Report on vaccination in the Province of Bengal - 1869-1873
Year: 1869
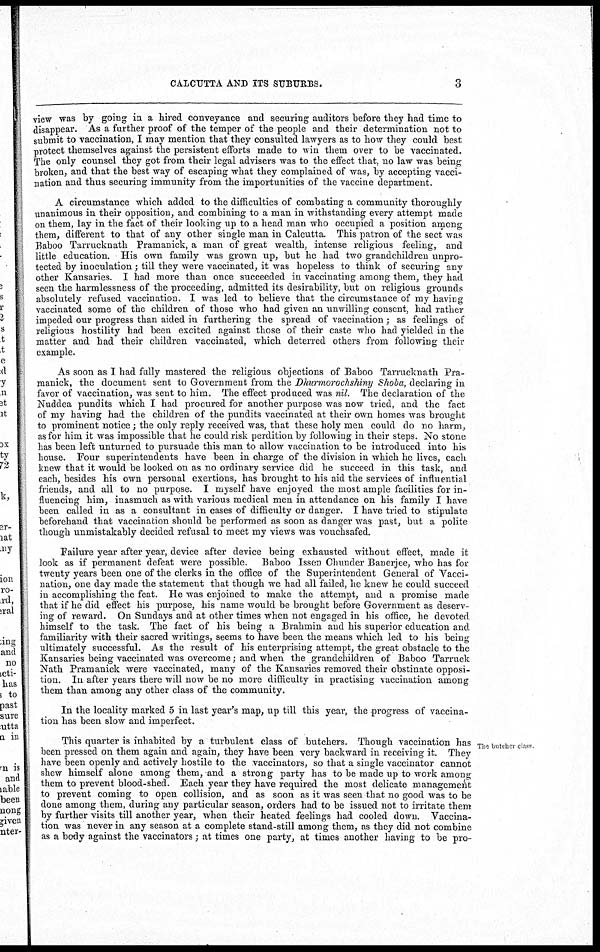
CALCUTTA AND ITS SUBURBS.
3
view was by going in a hired conveyance and securing auditors before they had time to
disappear. As a further proof of the temper of the people and their determination not to
submit to vaccination, I may mention that they consulted lawyers as to how they could best
protect themselves against the persistent efforts made to win them over to be vaccinated.
The only counsel they got from their legal advisers was to the effect that, no law was being
broken, and that the best way of escaping what they complained of was, by accepting vacci-
nation and thus securing immunity from the importunities of the vaccine department.
A circumstance which added to the difficulties of combating a community thoroughly
unanimous in their opposition, and combining to a man in withstanding every attempt made
on them, lay in the fact of their looking up to a head man who occupied a position among
them, different to that of any other single man in Calcutta. This patron of the sect was
Baboo Tarrucknath Pramanick, a man of great wealth, intense religious feeling, and
little education. His own family was grown up, but he had two grandchildren unpro-
tected by inoculation; till they were vaccinated, it was hopeless to think of securing any
other Kansaries. I had more than once succeeded in vaccinating among them, they had
seen the harmlessness of the proceeding, admitted its desirability, but on religious grounds
absolutely refused vaccination. I was led to believe that the circumstance of my having
vaccinated some of the children of those who had given an unwilling consent, had rather
impeded our progress than aided in furthering the spread of vaccination ; as feelings of
religious hostility had been excited against those of their caste who had yielded in the
matter and had their children vaccinated, which deterred others from following their
example.
As soon as I had fully mastered the religious objections of Baboo Tarrucknath Pra-
manick, the document sent to Government from the Dhurmorochshiny Shoba, declaring in
favor of vaccination, was sent to him. The effect produced was nil. The declaration of the
Nuddea pundits which I had procured for another purpose was now tried, and the fact
of my having had the children of the pundits vaccinated at their own homes was brought
to prominent notice; the only reply received was, that these holy men could do no harm,
as for him it was impossible that he could risk perdition by following in their steps. No stone
has been left unturned to pursuade this man to allow vaccination to be introduced into his
house. Four superintendents have been in charge of the division in which he lives, each
knew that it would be looked on as no ordinary service did he succeed in this task, and
each, besides his own personal exertions, has brought to his aid the services of influential
friends, and all to no purpose. I myself have enjoyed the most ample facilities for in-
fluencing him, inasmuch as with various medical men in attendance on his family I have
been called in as a consultant in cases of difficulty or danger. I have tried to stipulate
beforehand that vaccination should be performed as soon as danger was past, but a polite
though unmistakably decided refusal to meet my views was vouchsafed.
Failure year after year, device after device being exhausted without effect, made it
look as if permanent defeat were possible. Baboo Issen Chunder Banerjee, who has for
twenty years been one of the clerks in the office of the Superintendent General of Vacci-
nation, one day made the statement that though we had all failed, he knew he could succeed
in accomplishing the feat. He was enjoined to make the attempt, and a promise made
that if he did effect his purpose, his name would be brought before Government as deserv-
ing of reward. On Sundays and at other times when not engaged in his office, he devoted
himself to the task. The fact of his being a Brahmin and his superior education and
familiarity with their sacred writings, seems to have been the means which led to his being
ultimately successful. As the result of his enterprising attempt, the great obstacle to the
Kansaries being vaccinated was overcome; and when the grandchildren of Baboo Tarruck
Nath Pramanick were vaccinated, many of the Kansaries removed their obstinate opposi-
tion. In after years there will now be no more difficulty in practising vaccination among
them than among any other class of the community.
In the locality marked 5 in last year's map, up till this year, the progress of vaccina-
tion has been slow and imperfect.
The butcher class
This quarter is inhabited by a turbulent class of butchers. Though vaccination has
been pressed on them again and again, they have been very backward in receiving it. They
have been openly and actively hostile to the vaccinators, so that a single vaccinator cannot
shew himself alone among them, and a strong party has to be made up to work among
them to prevent blood-shed. Each year they have required the most delicate management
to prevent coming to open collision, and as soon as it was seen that no good was to be
done among them, during any particular season, orders had to be issued not to irritate them
by further visits till another year, when their heated feelings had cooled down. Vaccina-
tion was never in any season at a complete stand-still among them, as they did not combine
as a body against the vaccinators; at times one party, at times another having to be pro-